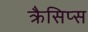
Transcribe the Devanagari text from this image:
क्रैसिप्स